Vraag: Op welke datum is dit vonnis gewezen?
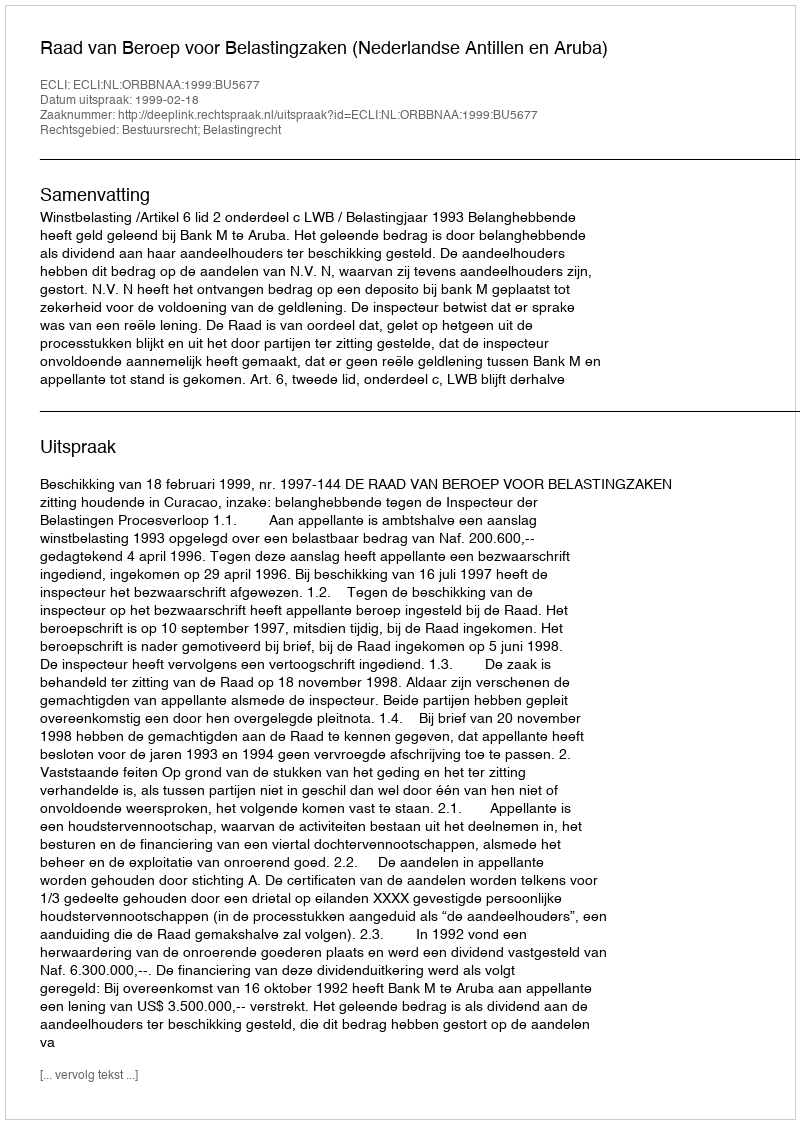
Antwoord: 1999-02-18